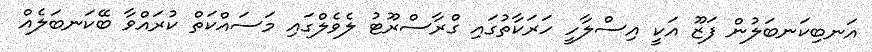
އަނބިކަނބަލުން ފަޒޫ އަކީ އިސްލާހީ ހަރަކާތުގައި ގްރާސްރޫޓު ލެވެލްގައި މަސައްކަތް ކުރައްވާ ބޭކަނބަލެއް